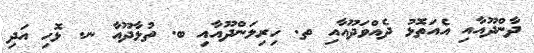
ދާންދޫއާއި އެއަތޮޅު ދެއްވަދޫއާއި ތ. ހިރިލަންދޫއާއި ބ. ތުޅާދޫއާ ނ. ޅޮހި އަދި